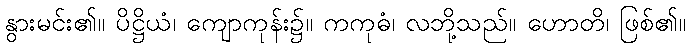
နွားမင်း၏။ ပိဋ္ဌိယံ၊ ကျောကုန်း၌။ ကကုဓံ၊ လဘို့သည်။ ဟောတိ၊ ဖြစ်၏။